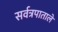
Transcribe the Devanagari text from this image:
सर्वत्रपाताले